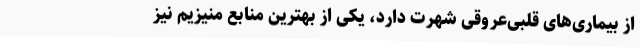
از بیماری‌های قلبی‌عروقی شهرت دارد، یکی از بهترین منابع منیزیم نیز